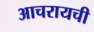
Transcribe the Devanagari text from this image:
आचरायची